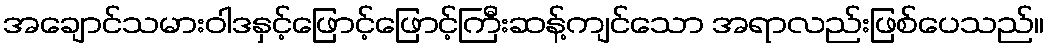
အချောင်သမားဝါဒနှင့်ဖြောင့်ဖြောင့်ကြီးဆန့်ကျင်သော အရာလည်းဖြစ်ပေသည်။